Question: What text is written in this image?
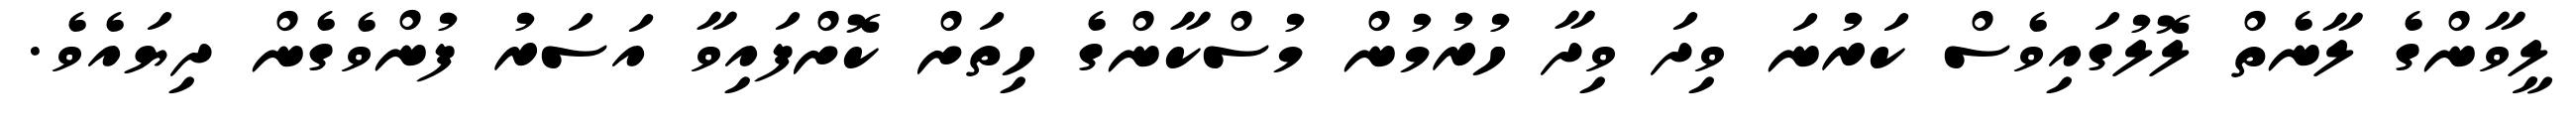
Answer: ލީވާންގެ ލާނެތް ލޮލުގައިވެސް ކަރުނަ ވިދަ ވިދާ ހުރުމުން މުސްކާންގެ ހިތަށް ކޮށްފައިވާ އަސަރު ފުންވެގެން ދިޔައެވެ.